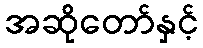
အဆိုတော်နှင့်